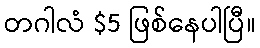
တဂါလံ $5 ဖြစ်နေပါပြီ။